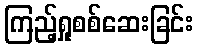
ကြည့်ရှုစစ်ဆေးခြင်း